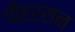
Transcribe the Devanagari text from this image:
पीहरसन